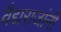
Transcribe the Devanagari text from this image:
वैद्यराजांनी